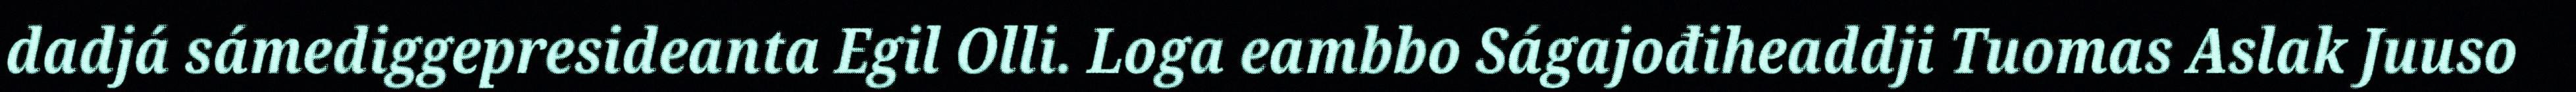
dadjá sámediggepresideanta Egil Olli. Loga eambbo Ságajođiheaddji Tuomas Aslak Juuso